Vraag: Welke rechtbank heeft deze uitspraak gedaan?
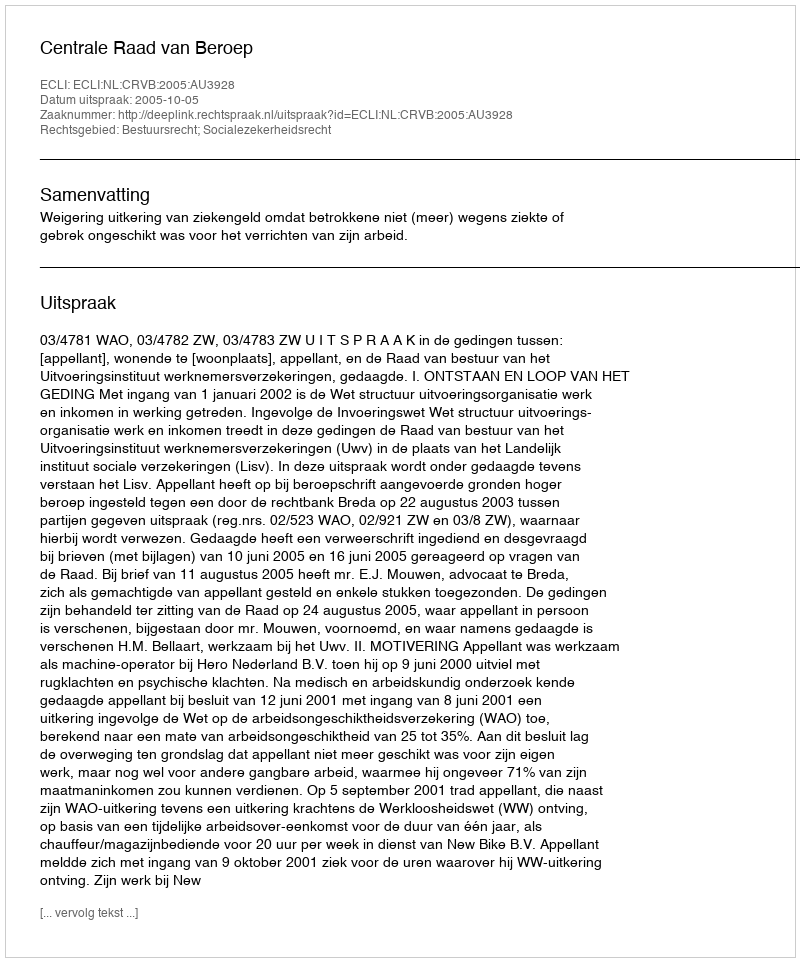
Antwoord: Centrale Raad van Beroep